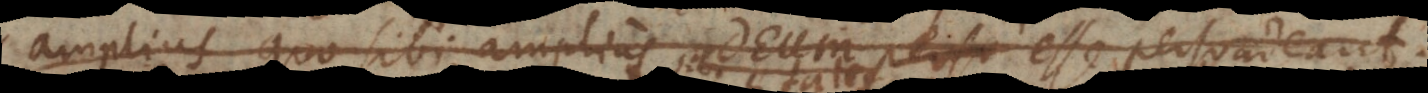
amplius quo sibi amplius Deum per persuadeant.